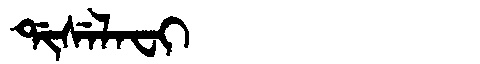
Manchu: ᡩᡳᠰᡝᠯᠠᠸᡳ
Romanization: DISELAFI